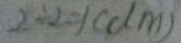
2 \div 2 = 1 ( d m )